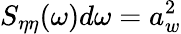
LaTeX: S_{\eta\eta}(\omega)d\omega=a_{w}^{2}